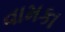
વામકા